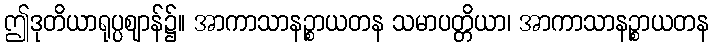
ဤဒုတိယာရုပ္ပဈာန်၌။ အာကာသာနဉ္စာယတန သမာပတ္တိယာ၊ အာကာသာနဉ္စာယတန